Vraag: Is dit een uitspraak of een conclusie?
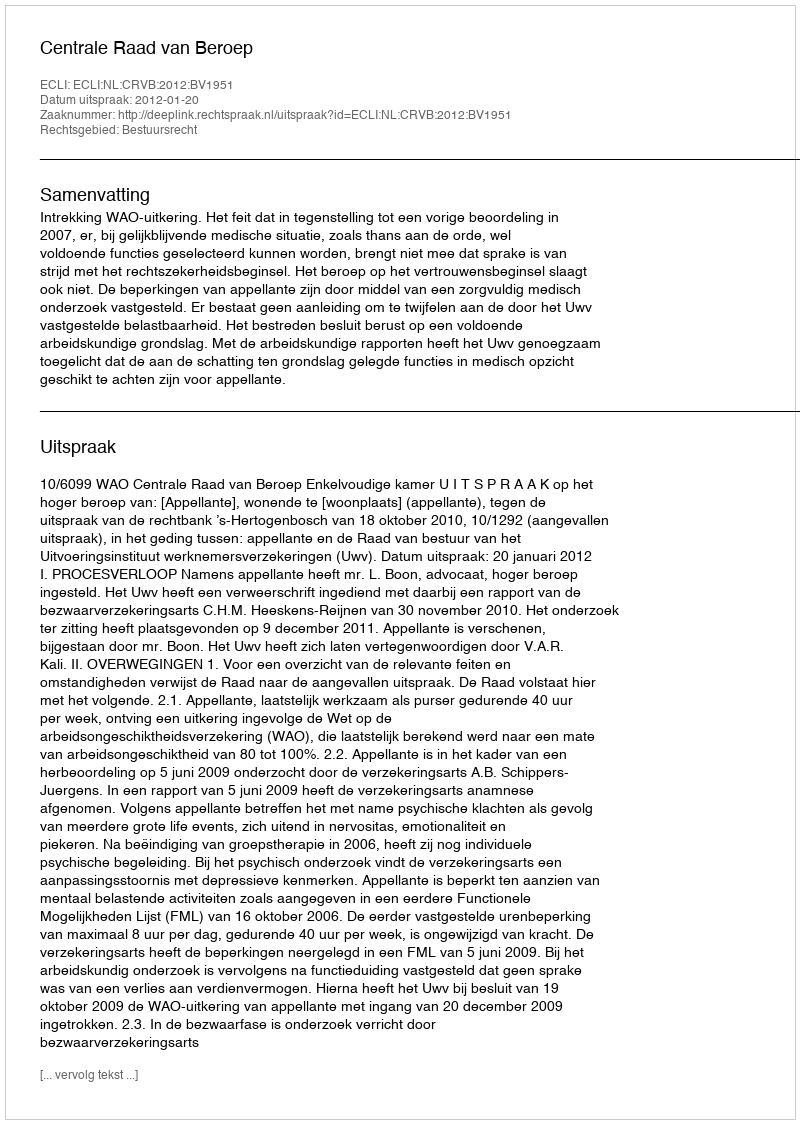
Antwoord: Uitspraak